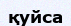
қуйса